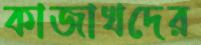
কাজাখদের